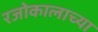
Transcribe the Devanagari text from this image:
रजोकालाच्या